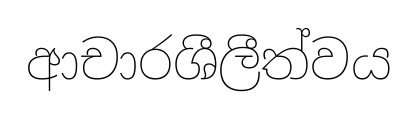
ආචාරශීලීත්වය